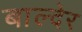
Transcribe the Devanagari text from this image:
बाल्देर